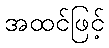
အထင်ဖြင့်